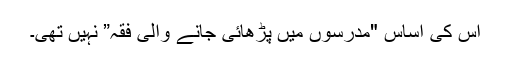
اس کی اساس "مدرسوں میں پڑھائی جانے والی فقہ” نہیں تھی۔